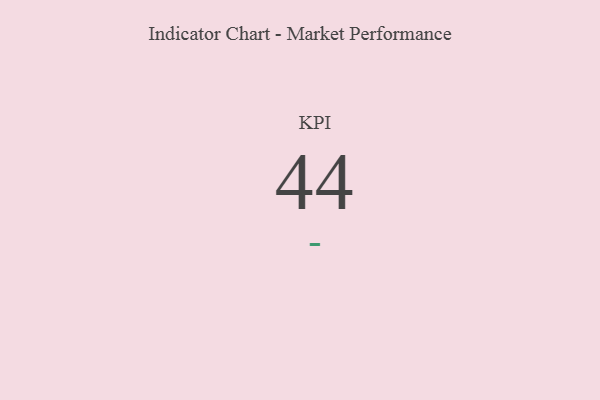
{"axis": {"x": "KPI", "y": "Value"}, "legend": [""], "data": [{"x": "KPI", "y": 44, "type": ""}]}